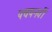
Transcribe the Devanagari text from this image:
पचपनवीं